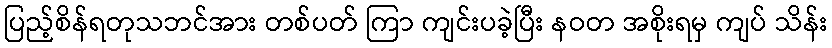
ပြည့်စိန်ရတုသဘင်အား တစ်ပတ် ကြာ ကျင်းပခဲ့ပြီး နဝတ အစိုးရမှ ကျပ် သိန်း